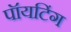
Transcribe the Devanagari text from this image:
पॉयटिंग